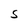
Character: S